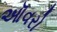
ઑવરો